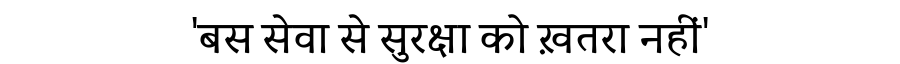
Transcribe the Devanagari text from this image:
'बस सेवा से सुरक्षा को ख़तरा नहीं'